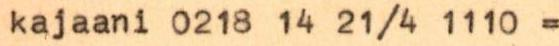
kajaani 0218 14 21/4 1110 =